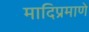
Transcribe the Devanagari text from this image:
मादिप्रमाणे